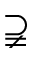
\supsetneqq